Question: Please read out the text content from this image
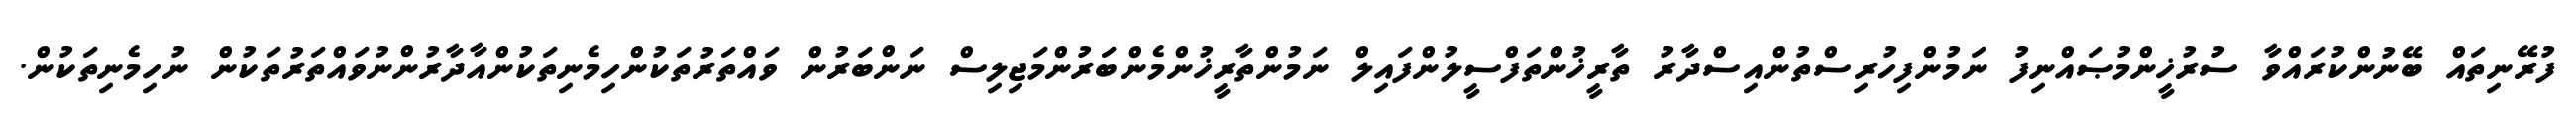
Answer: ފުރޭނިތައް ބޭނުންކުރައްވާ ސުރުޚީންމުޞައްނިފު ނަމުންފިހުރިސްތުންއިސްދާރު ތާރީޚުންތަފްސީލުންފައިލް ނަމުންތާރީޚުންމެންބަރުންމަޖިލިސް ނަންބަރުން ވައްތަރުތަކުންހިމެނިތަކުންއާދާރުންނުވައްތަރުތަކުން ނުހިމެނިތަކުން.